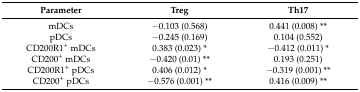
<table><thead><tr><td><b>Parameter</b></td><td><b>Treg</b></td><td><b>Th17</b></td></tr></thead><tbody><tr><td>mDCs</td><td>−0.103 (0.568)</td><td>0.441 (0.008) **</td></tr><tr><td>pDCs</td><td>−0.245 (0.169)</td><td>0.104 (0.552)</td></tr><tr><td>CD200R1<sup>+</sup> mDCs</td><td>0.383 (0.023) *</td><td>−0.412 (0.011) *</td></tr><tr><td>CD200<sup>+</sup> mDCs</td><td>−0.420 (0.01) **</td><td>0.193 (0.251)</td></tr><tr><td>CD200R1<sup>+</sup> pDCs</td><td>0.406 (0.012) *</td><td>−0.319 (0.001) **</td></tr><tr><td>CD200<sup>+</sup> pDCs</td><td>−0.576 (0.001) **</td><td>0.416 (0.009) **</td></tr></tbody></table>